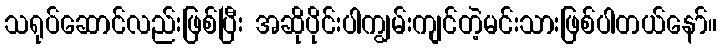
သရုပ်ဆောင်လည်းဖြစ်ပြီး အဆိုပိုင်းပါကျွမ်းကျင်တဲ့မင်းသားဖြစ်ပါတယ်နော်။